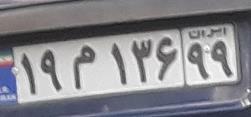
۱۹م۱۳۶۹۹